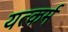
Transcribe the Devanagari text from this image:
यत्कर्म